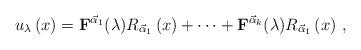
LaTeX: \begin{align*}u_{\lambda}\left( x\right) =\mathbf{F}^{\vec{\alpha}_{1}}(\lambda)R_{\vec{\alpha}_{1}}\left( x\right) +\cdots+\mathbf{F}^{\vec{\alpha}_{k}}(\lambda)R_{\vec{\alpha}_{1}}\left( x\right) \,,\end{align*}